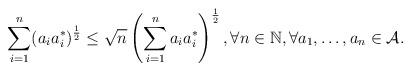
LaTeX: \begin{align*} \sum_{i=1}^{n}(a_ia_i^*)^\frac{1}{2}\leq \sqrt{n} \left(\sum_{i=1}^{n}a_ia_i^*\right)^\frac{1}{2}, \forall n \in \mathbb{N}, \forall a_1, \dots, a_n \in \mathcal{A}. \end{align*}